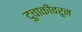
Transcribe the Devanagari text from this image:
दुचाकीवरुन